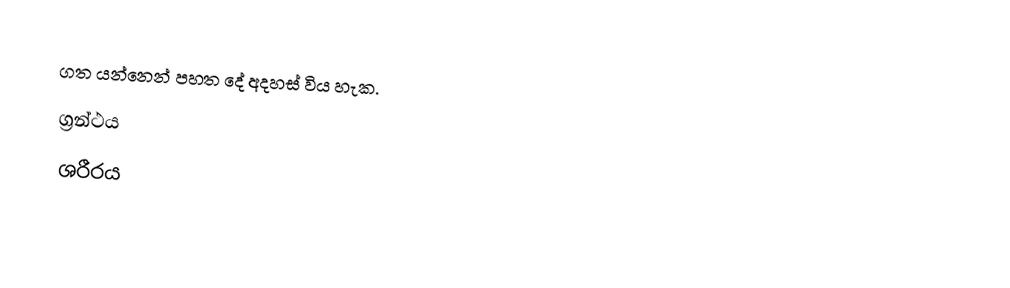
ගත යන්නෙන් පහත දේ අදහස් විය හැක.
 ග්‍රන්ථය
 ශරීරය